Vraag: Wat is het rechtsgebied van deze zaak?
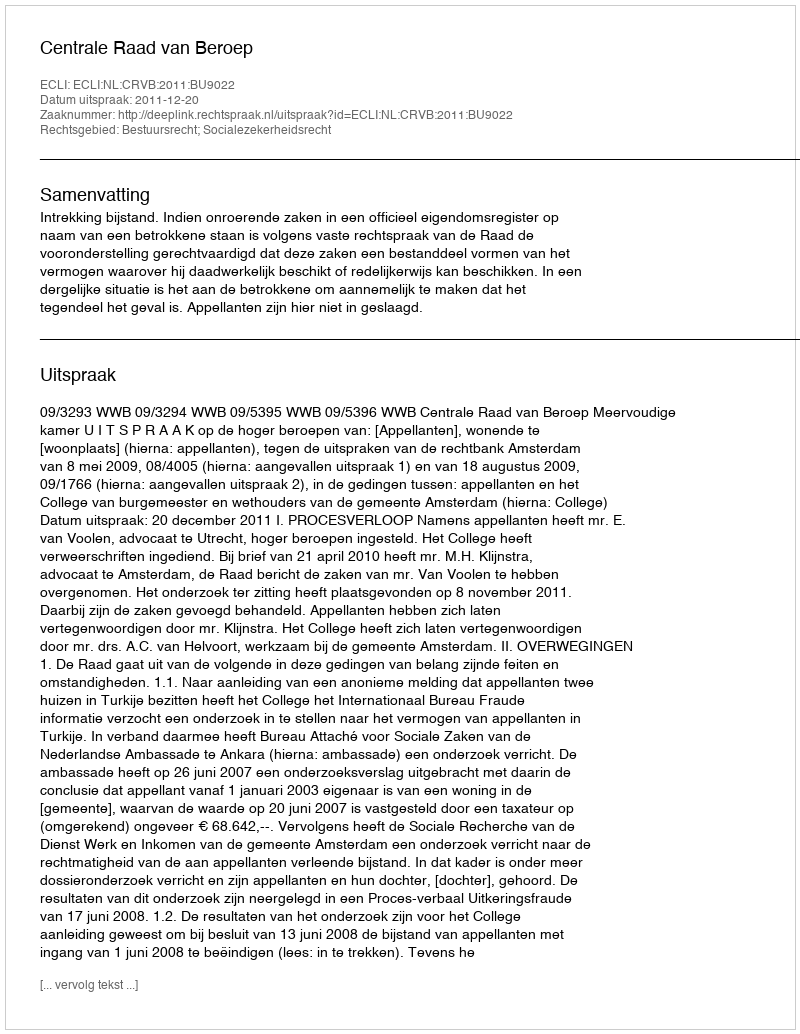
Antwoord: Bestuursrecht; Socialezekerheidsrecht